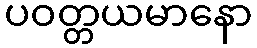
ပဝတ္တယမာနော